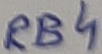
Text: RB4